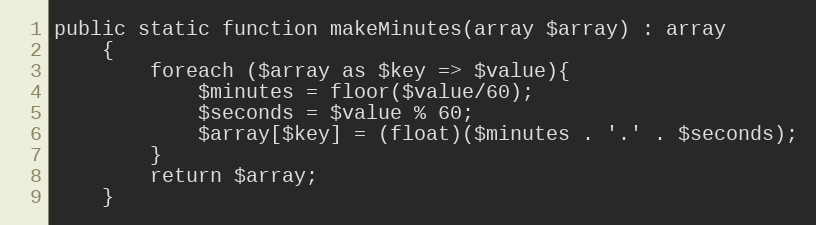
Language: PHP
public static function makeMinutes(array $array) : array
    {
        foreach ($array as $key => $value){
            $minutes = floor($value/60);
            $seconds = $value % 60;
            $array[$key] = (float)($minutes . '.' . $seconds);
        }
        return $array;
    }